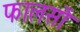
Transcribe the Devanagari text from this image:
फालसों